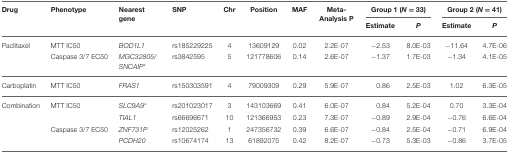
<table><thead><tr><td><b>Drug</b></td><td><b>Phenotype</b></td><td><b>Nearest gene</b></td><td><b>SNP</b></td><td><b>Chr</b></td><td><b>Position</b></td><td><b>MAF</b></td><td><b>Meta-Analysis P</b></td><td colspan="2"><b>Group 1 (<i>N</i> = 33)</b></td><td colspan="2"><b>Group 2 (<i>N</i> = 41)</b></td></tr><tr><td></td><td></td><td></td><td></td><td></td><td></td><td></td><td></td><td><b>Estimate</b></td><td><b><i>P</i></b></td><td><b>Estimate</b></td><td><b><i>P</i></b></td></tr></thead><tbody><tr><td>Paclitaxel</td><td>MTT IC50</td><td><i>BOD1L1</i></td><td>rs185229225</td><td>4</td><td>13609129</td><td>0.02</td><td>2.2E-07</td><td>−2.53</td><td>8.0E-03</td><td>−11.64</td><td>4.7E-06</td></tr><tr><td></td><td>Caspase 3/7 EC50</td><td><i>MGC32805/SNCAIP<sup>*</sup></i></td><td>rs3842595</td><td>5</td><td>121778606</td><td>0.14</td><td>2.6E-07</td><td>−1.37</td><td>1.7E-03</td><td>−1.34</td><td>4.1E-05</td></tr><tr><td>Carboplatin</td><td>MTT IC50</td><td><i>FRAS1</i></td><td>rs150303591</td><td>4</td><td>79009309</td><td>0.29</td><td>5.9E-07</td><td>0.86</td><td>2.5E-03</td><td>1.02</td><td>6.3E-05</td></tr><tr><td>Combination</td><td>MTT IC50</td><td><i>SLC9A9<sup>*</sup></i></td><td>rs201023017</td><td>3</td><td>143103669</td><td>0.41</td><td>6.0E-07</td><td>0.84</td><td>5.2E-04</td><td>0.70</td><td>3.3E-04</td></tr><tr><td></td><td></td><td><i>TIAL1</i></td><td>rs66696671</td><td>10</td><td>121366953</td><td>0.23</td><td>7.3E-07</td><td>−0.89</td><td>2.9E-04</td><td>−0.76</td><td>6.6E-04</td></tr><tr><td></td><td>Caspase 3/7 EC50</td><td><i>ZNF731P</i></td><td>rs12025262</td><td>1</td><td>247356732</td><td>0.39</td><td>6.6E-07</td><td>−0.84</td><td>2.5E-04</td><td>−0.71</td><td>6.9E-04</td></tr><tr><td></td><td></td><td><i>PCDH20</i></td><td>rs10674174</td><td>13</td><td>61892075</td><td>0.42</td><td>8.2E-07</td><td>−0.73</td><td>5.3E-03</td><td>−0.86</td><td>3.7E-05</td></tr></tbody></table>